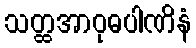
သတ္ထအာဝုဓပါဏိနံ